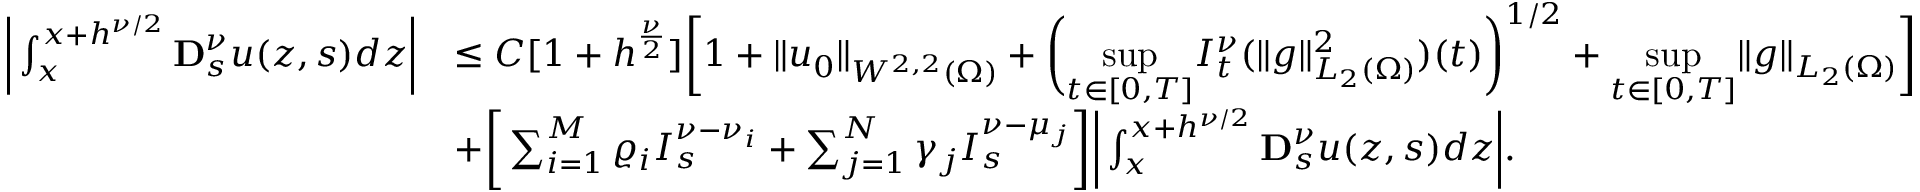
\begin{array} { r l } { \bigg | \int _ { x } ^ { x + h ^ { \nu / 2 } } \mathbf { D } _ { s } ^ { \nu } u ( z , s ) d z \bigg | } & { \leq C [ 1 + h ^ { \frac { \nu } { 2 } } ] \bigg [ 1 + \| u _ { 0 } \| _ { W ^ { 2 , 2 } ( \Omega ) } + \bigg ( \underset { t \in [ 0 , T ] } { \operatorname* { s u p } } I _ { t } ^ { \nu } ( \| g \| _ { L _ { 2 } ( \Omega ) } ^ { 2 } ) ( t ) \bigg ) ^ { 1 / 2 } + \underset { t \in [ 0 , T ] } { \operatorname* { s u p } } \| g \| _ { L _ { 2 } ( \Omega ) } \bigg ] } \\ & { + \bigg [ \sum _ { i = 1 } ^ { M } \varrho _ { i } I _ { s } ^ { \nu - \nu _ { i } } + \sum _ { j = 1 } ^ { N } \gamma _ { j } I _ { s } ^ { \nu - \mu _ { j } } \bigg ] \bigg | \int _ { x } ^ { x + h ^ { \nu / 2 } } \mathbf { D } _ { s } ^ { \nu } u ( z , s ) d z \bigg | . } \end{array}